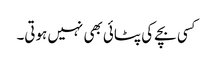
کسی بچے کی پٹائی بھی نہیں ہوتی۔